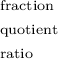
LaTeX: \begin{array} { l } { \scriptstyle { \mathrm { f r a c t i o n } } } \\ { \scriptstyle { \mathrm { q u o t i e n t } } } \\ { \scriptstyle { \mathrm { r a t i o } } } \end{array}